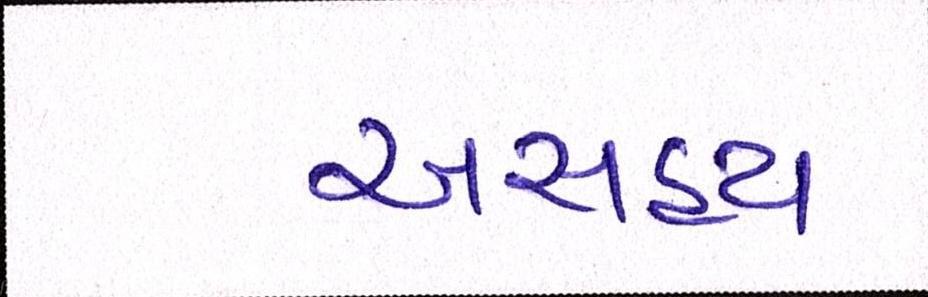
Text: અસહ્ય